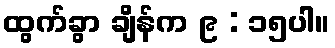
ထွက်ခွာ ချိန်က ၉ : ၁၅ပါ။